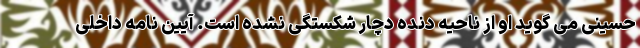
حسینی می گوید او از ناحیه دنده دچار شکستگی نشده است. آیین نامه داخلی